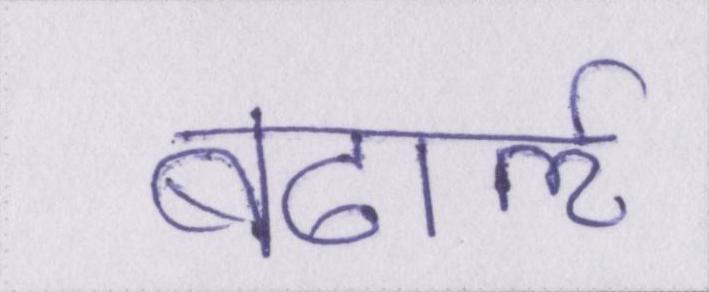
बढार्ऌ